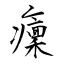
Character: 癛